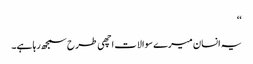
‘‘
یہ انسان میرے سوالات اچھی طرح سمجھ رہا ہے۔